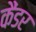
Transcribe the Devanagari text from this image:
कैंडर